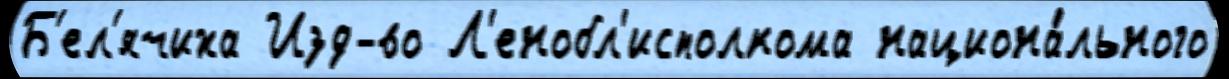
Б'ел'ячиха Изд-во Л'енобл'исполкома национа́льного